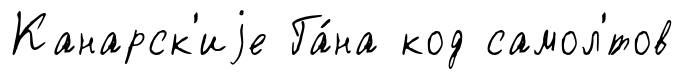
Канарск'иjе Га́на код самол'́тов